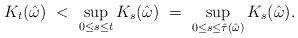
LaTeX: \begin{align*}K_t(\hat\omega) \ < \ \sup_{0\leq s\leq t} K_s(\hat\omega) \ = \ \sup_{0\leq s\leq\hat\tau(\hat\omega)} K_s(\hat\omega).\end{align*}